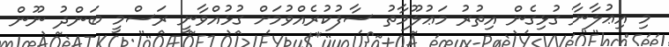
މި އިޢުލާނާ ގުޅިގެން އިތުރު މަޢުލޫމާތު ސާފުކުރެއްވުމަށް ގުޅުއްވާނީ ރަސްމީ ބަންދު ނޫން